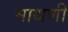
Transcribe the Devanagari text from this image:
माथणी